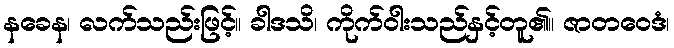
နခေန၊ လက်သည်းဖြင့်။ ခါဒသိ၊ ကိုက်ဝါးသည်နှင့်တူ၏။ ဇာတဝေဒံ၊